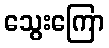
သွေးကြော